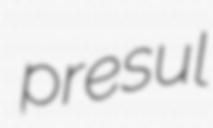
presul